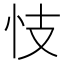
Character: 忮